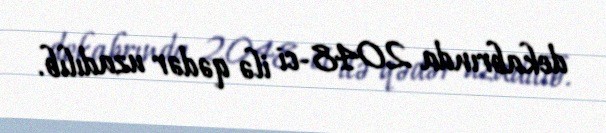
dekabrında 2048-ci ilə qədər uzadılıb.